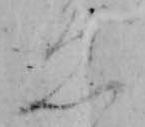
ゑ